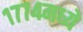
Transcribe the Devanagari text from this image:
१७७४मध्ये